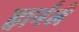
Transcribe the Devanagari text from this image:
हार्नले